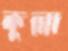
কুল্লা